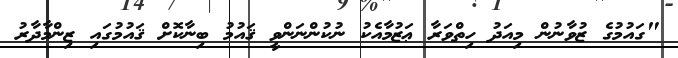
"ގައުމުގެ ޒުވާނުން މިއަދު ހިތްވަރާ ޢަޒުމާއެކު ނުކުންނަންވީ ޤައުމު ބިނާކޮށް ޤައުމުގައި ޒިންމާދާރު